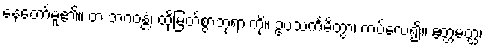
နေတော်မူ၏။ တံ ဘဂဝန္တံ၊ ထိုမြတ်စွာဘုရားကို။ ဥပသင်္ကမိတွာ၊ ကပ်လေ၍။ ဧတ္တမတ္ထံ၊